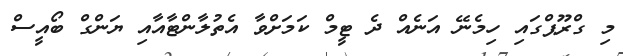
މި ގްރޫޕްގައި ހިމެނޭ އަނެއް ދެ ޓީމް ކަމަށްވާ އެތުލާންޓާއާއި ޔަންގް ބޯއީސް